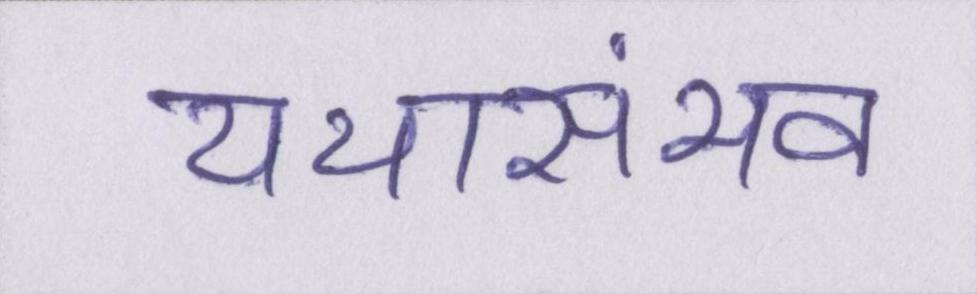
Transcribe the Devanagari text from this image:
यथासंभव